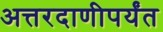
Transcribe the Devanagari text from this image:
अत्तरदाणीपर्यंत